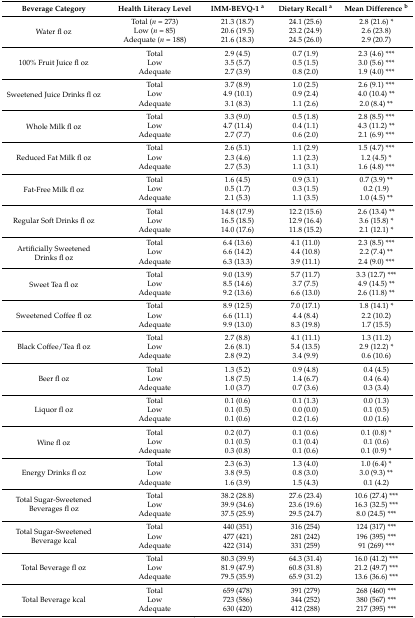
<table><thead><tr><td><b>Beverage Category</b></td><td><b>Health Literacy Level</b></td><td><b>IMM-BEVQ-1 <sup>a</sup></b></td><td><b>Dietary Recall <sup>a</sup></b></td><td><b>Mean Difference <sup>b</sup></b></td></tr></thead><tbody><tr><td rowspan="3">Water fl oz</td><td>Total (<i>n</i> = 273)</td><td>21.3 (18.7)</td><td>24.1 (25.6)</td><td>2.8 (21.6) *</td></tr><tr><td>Low (<i>n</i> = 85)</td><td>20.6 (19.5)</td><td>23.2 (24.9)</td><td>2.6 (23.8)</td></tr><tr><td>Adequate (<i>n</i> = 188)</td><td>21.6 (18.3)</td><td>24.5 (26.0)</td><td>2.9 (20.7)</td></tr><tr><td rowspan="3">100% Fruit Juice fl oz</td><td>Total</td><td>2.9 (4.5)</td><td>0.7 (1.9)</td><td>2.3 (4.6) ***</td></tr><tr><td>Low</td><td>3.5 (5.7)</td><td>0.5 (1.5)</td><td>3.0 (5.6) ***</td></tr><tr><td>Adequate</td><td>2.7 (3.9)</td><td>0.8 (2.0)</td><td>1.9 (4.0) ***</td></tr><tr><td rowspan="3">Sweetened Juice Drinks fl oz</td><td>Total</td><td>3.7 (8.9)</td><td>1.0 (2.5)</td><td>2.6 (9.1) ***</td></tr><tr><td>Low</td><td>4.9 (10.1)</td><td>0.9 (2.4)</td><td>4.0 (10.4) **</td></tr><tr><td>Adequate</td><td>3.1 (8.3)</td><td>1.1 (2.6)</td><td>2.0 (8.4) **</td></tr><tr><td rowspan="3">Whole Milk fl oz</td><td>Total</td><td>3.3 (9.0)</td><td>0.5 (1.8)</td><td>2.8 (8.5) ***</td></tr><tr><td>Low</td><td>4.7 (11.4)</td><td>0.4 (1.1)</td><td>4.3 (11.2) **</td></tr><tr><td>Adequate</td><td>2.7 (7.7)</td><td>0.6 (2.0)</td><td>2.1 (6.9) ***</td></tr><tr><td rowspan="3">Reduced Fat Milk fl oz</td><td>Total</td><td>2.6 (5.1)</td><td>1.1 (2.9)</td><td>1.5 (4.7) ***</td></tr><tr><td>Low</td><td>2.3 (4.6)</td><td>1.1 (2.3)</td><td>1.2 (4.5) *</td></tr><tr><td>Adequate</td><td>2.7 (5.3)</td><td>1.1 (3.1)</td><td>1.6 (4.8) ***</td></tr><tr><td rowspan="3">Fat-Free Milk fl oz</td><td>Total</td><td>1.6 (4.5)</td><td>0.9 (3.1)</td><td>0.7 (3.9) **</td></tr><tr><td>Low</td><td>0.5 (1.7)</td><td>0.3 (1.5)</td><td>0.2 (1.9)</td></tr><tr><td>Adequate</td><td>2.1 (5.3)</td><td>1.1 (3.5)</td><td>1.0 (4.5) **</td></tr><tr><td rowspan="3">Regular Soft Drinks fl oz</td><td>Total</td><td>14.8 (17.9)</td><td>12.2 (15.6)</td><td>2.6 (13.4) **</td></tr><tr><td>Low</td><td>16.5 (18.5)</td><td>12.9 (16.4)</td><td>3.6 (15.8) *</td></tr><tr><td>Adequate</td><td>14.0 (17.6)</td><td>11.8 (15.2)</td><td>2.1 (12.1) *</td></tr><tr><td rowspan="3">Artificially Sweetened Drinks fl oz</td><td>Total</td><td>6.4 (13.6)</td><td>4.1 (11.0)</td><td>2.3 (8.5) ***</td></tr><tr><td>Low</td><td>6.6 (14.2)</td><td>4.4 (10.8)</td><td>2.2 (7.4) **</td></tr><tr><td>Adequate</td><td>6.3 (13.3)</td><td>3.9 (11.1)</td><td>2.4 (9.0) ***</td></tr><tr><td rowspan="3">Sweet Tea fl oz</td><td>Total</td><td>9.0 (13.9)</td><td>5.7 (11.7)</td><td>3.3 (12.7) ***</td></tr><tr><td>Low</td><td>8.5 (14.6)</td><td>3.7 (7.5)</td><td>4.9 (14.5) **</td></tr><tr><td>Adequate</td><td>9.2 (13.6)</td><td>6.6 (13.0)</td><td>2.6 (11.8) **</td></tr><tr><td rowspan="3">Sweetened Coffee fl oz</td><td>Total</td><td>8.9 (12.5)</td><td>7.0 (17.1)</td><td>1.8 (14.1) *</td></tr><tr><td>Low</td><td>6.6 (11.1)</td><td>4.4 (8.4)</td><td>2.2 (10.2)</td></tr><tr><td>Adequate</td><td>9.9 (13.0)</td><td>8.3 (19.8)</td><td>1.7 (15.5)</td></tr><tr><td rowspan="3">Black Coffee/Tea fl oz</td><td>Total</td><td>2.7 (8.8)</td><td>4.1 (11.1)</td><td>1.3 (11.2)</td></tr><tr><td>Low</td><td>2.6 (8.1)</td><td>5.4 (13.5)</td><td>2.9 (12.2) *</td></tr><tr><td>Adequate</td><td>2.8 (9.2)</td><td>3.4 (9.9)</td><td>0.6 (10.6)</td></tr><tr><td rowspan="3">Beer fl oz</td><td>Total</td><td>1.3 (5.2)</td><td>0.9 (4.8)</td><td>0.4 (4.5)</td></tr><tr><td>Low</td><td>1.8 (7.5)</td><td>1.4 (6.7)</td><td>0.4 (6.4)</td></tr><tr><td>Adequate</td><td>1.0 (3.7)</td><td>0.7 (3.6)</td><td>0.3 (3.4)</td></tr><tr><td rowspan="3">Liquor fl oz</td><td>Total</td><td>0.1 (0.6)</td><td>0.1 (1.3)</td><td>0.0 (1.3)</td></tr><tr><td>Low</td><td>0.1 (0.5)</td><td>0.0 (0.0)</td><td>0.1 (0.5)</td></tr><tr><td>Adequate</td><td>0.1 (0.6)</td><td>0.2 (1.6)</td><td>0.0 (1.6)</td></tr><tr><td rowspan="3">Wine fl oz</td><td>Total</td><td>0.2 (0.7)</td><td>0.1 (0.6)</td><td>0.1 (0.8) *</td></tr><tr><td>Low</td><td>0.1 (0.5)</td><td>0.1 (0.4)</td><td>0.1 (0.6)</td></tr><tr><td>Adequate</td><td>0.3 (0.8)</td><td>0.1 (0.6)</td><td>0.1 (0.9) *</td></tr><tr><td rowspan="3">Energy Drinks fl oz</td><td>Total</td><td>2.3 (6.3)</td><td>1.3 (4.0)</td><td>1.0 (6.4) *</td></tr><tr><td>Low</td><td>3.8 (9.5)</td><td>0.8 (3.0)</td><td>3.0 (9.3) **</td></tr><tr><td>Adequate</td><td>1.6 (3.9)</td><td>1.5 (4.3)</td><td>0.1 (4.2)</td></tr><tr><td rowspan="3">Total Sugar-Sweetened Beverages fl oz</td><td>Total</td><td>38.2 (28.8)</td><td>27.6 (23.4)</td><td>10.6 (27.4) ***</td></tr><tr><td>Low</td><td>39.9 (34.6)</td><td>23.6 (19.6)</td><td>16.3 (32.5) ***</td></tr><tr><td>Adequate</td><td>37.5 (25.9)</td><td>29.5 (24.7)</td><td>8.0 (24.5) ***</td></tr><tr><td rowspan="3">Total Sugar-Sweetened Beverage kcal</td><td>Total</td><td>440 (351)</td><td>316 (254)</td><td>124 (317) ***</td></tr><tr><td>Low</td><td>477 (421)</td><td>281 (242)</td><td>196 (395) ***</td></tr><tr><td>Adequate</td><td>422 (314)</td><td>331 (259)</td><td>91 (269) ***</td></tr><tr><td rowspan="3">Total Beverage fl oz</td><td>Total</td><td>80.3 (39.9)</td><td>64.3 (31.4)</td><td>16.0 (41.2) ***</td></tr><tr><td>Low</td><td>81.9 (47.9)</td><td>60.8 (31.8)</td><td>21.2 (49.7) ***</td></tr><tr><td>Adequate</td><td>79.5 (35.9)</td><td>65.9 (31.2)</td><td>13.6 (36.6) ***</td></tr><tr><td rowspan="3">Total Beverage kcal</td><td>Total</td><td>659 (478)</td><td>391 (279)</td><td>268 (460) ***</td></tr><tr><td>Low</td><td>723 (586)</td><td>344 (252)</td><td>380 (567) ***</td></tr><tr><td>Adequate</td><td>630 (420)</td><td>412 (288)</td><td>217 (395) ***</td></tr></tbody></table>